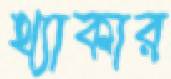
থ্যাকার